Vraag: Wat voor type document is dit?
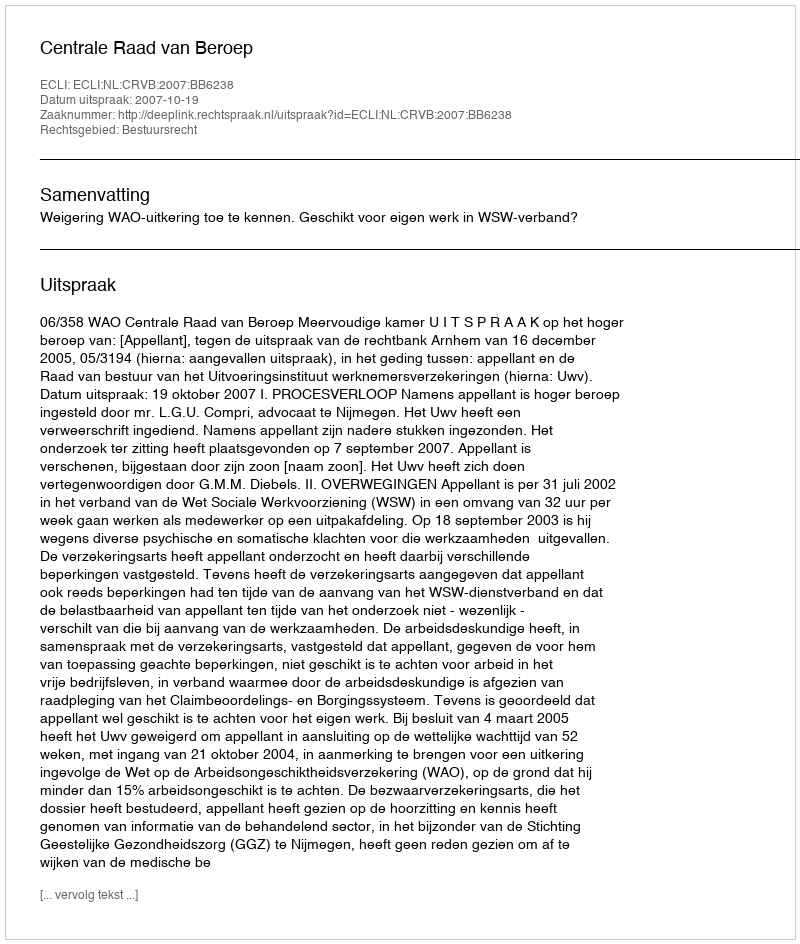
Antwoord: Uitspraak